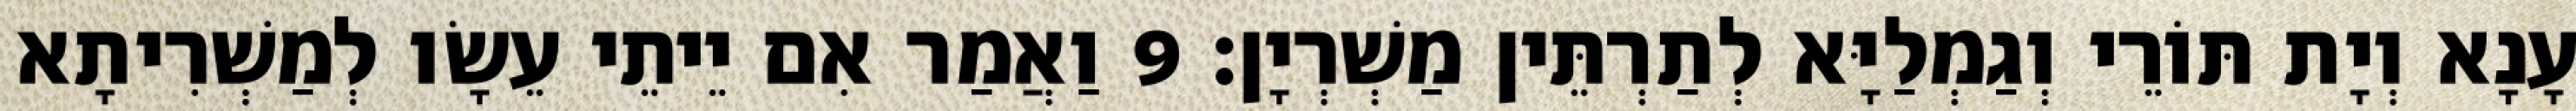
עָנָא וְיָת תּוֹרֵי וְגַמְלַיָּא לְתַרְתֵּין מַשְׁרְיָן׃ 9 וַאֲמַר אִם יֵיתֵי עֵשָׂו לְמַשְׁרִיתָא